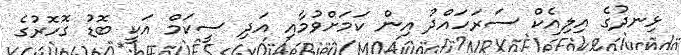
ޅިނދުގެ އިލިއެކް ސަރަހައްދު އިން ކަމަށްވުމާއި އަދި ސީކަމް އަކީ ބޮޑު ގޮހޮރުގެ